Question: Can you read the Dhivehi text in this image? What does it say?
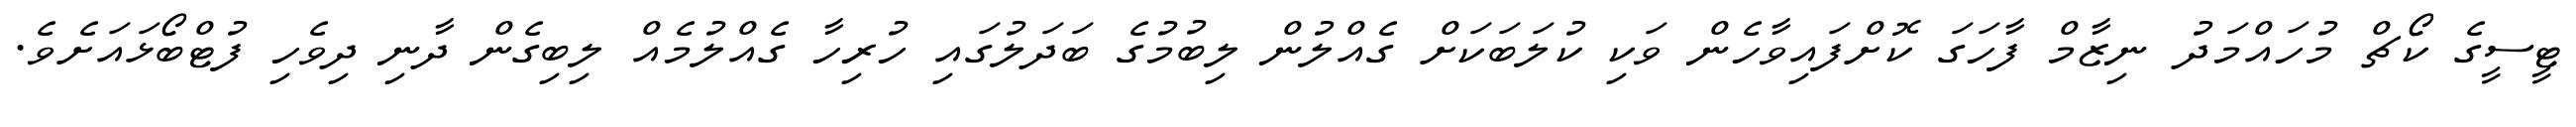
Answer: ޓީސީގެ ކޯޗް މުހައްމަދު ނިޒާމް ފާހަގަ ކޮށްފައިވާހެން ވަކި ކުލަބަކަށް ގެއްލުން ލިބުމުގެ ބަދަލުގައި ހުރިހާ ގެއްލުމެއް ލިބިގެން ދާނި ދިވެހި ފުޓްބޯޅައަށެވެ.